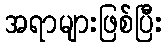
အရာများဖြစ်ပြီး